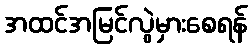
အထင်အမြင်လွဲမှားစေရန်